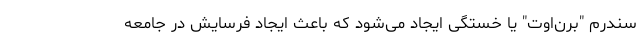
سندرم "برن‌اوت" یا خستگی ایجاد می‌شود که باعث ایجاد فرسایش در جامعه